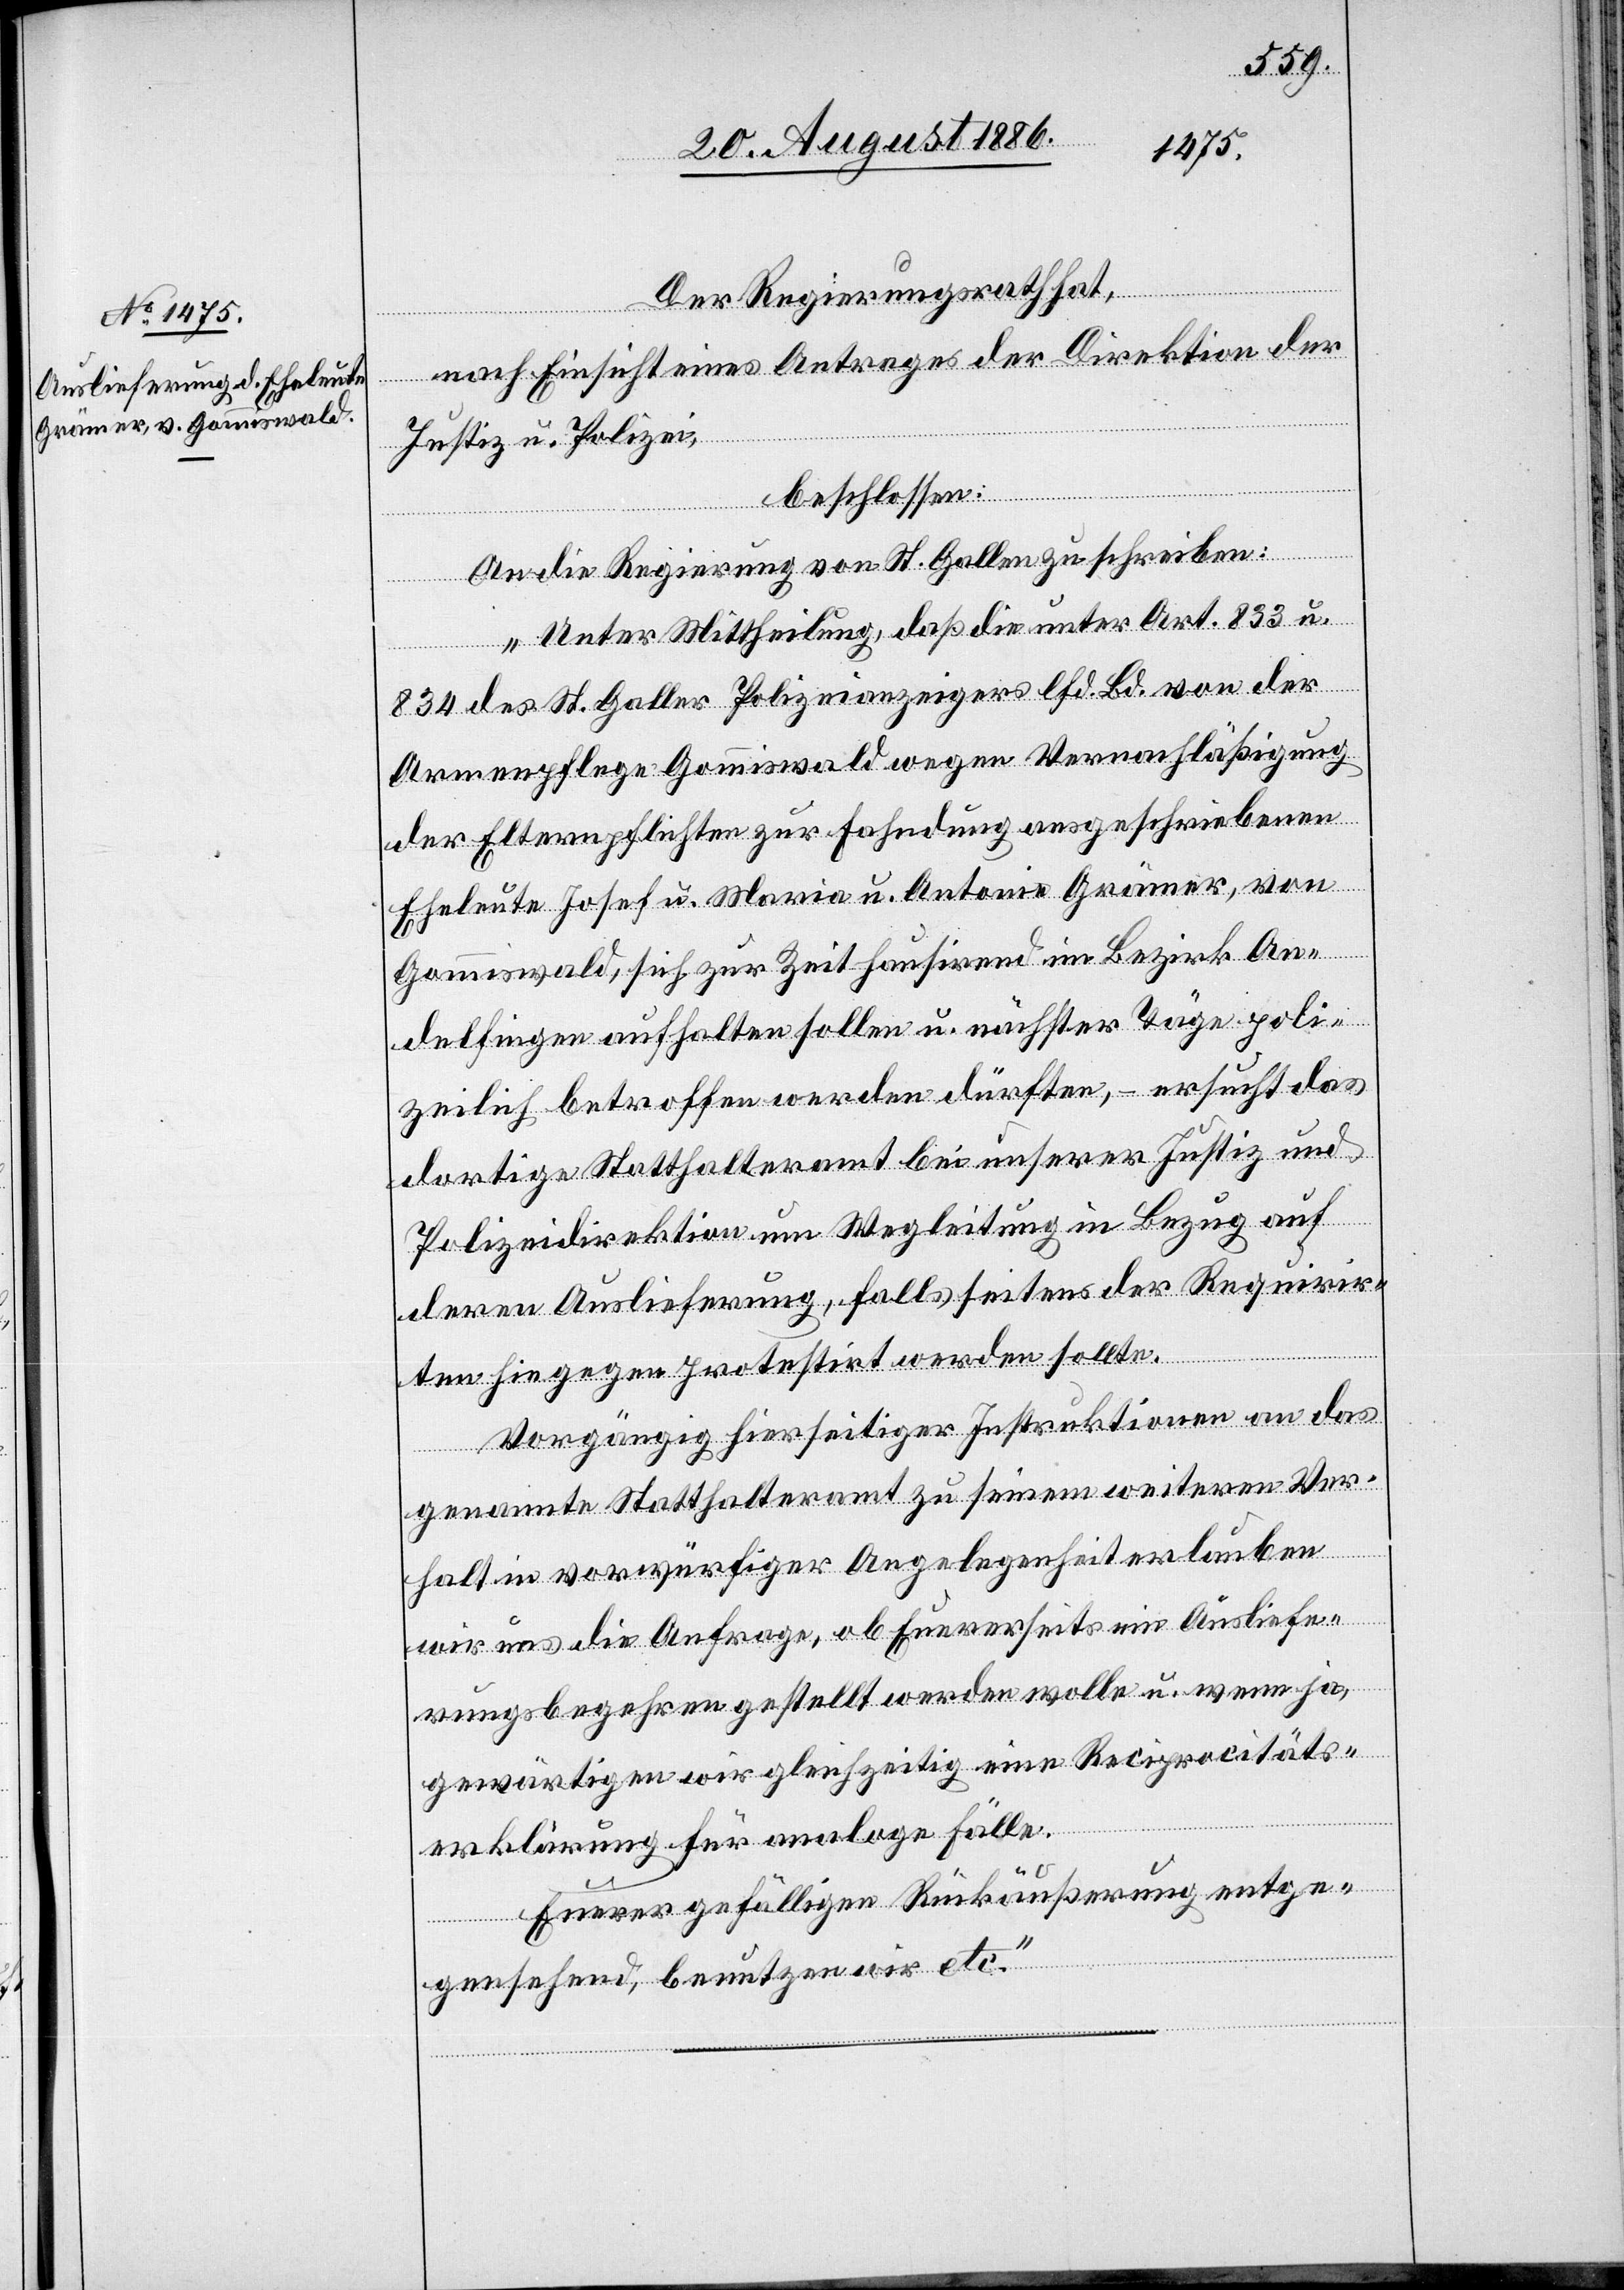
Der Regierungsrath hat,
nach Einsicht eines Antrages der Direktion der
Justiz & Polizei,
beschlossen:
c!] poli¬
An die Regierung von St. Gallen zu schreiben:
„Unter Mittheilung, daß die unter Art. 833 u.
834 des St. Galler Polizeianzeigers lfd. Bd. von der
Armenpflege Gommiswald wegen Vernachläßigung
der Elternpflichten zur Fahndung ausgeschriebenen
Eheleute Josef u. Maria u. Antonie Grämer, von
Gommiswald, sich zur Zeit hausirend im Bezirk An¬
delfingen aufhalten sollen u. nächster Täge [si¬
zeilich betroffen werden dürften, – ersucht das
dortseitige Statthalteramt bei unserer Justiz- und
Polizeidirektion um Wegleitung in Bezug auf
deren Auslieferung, falls seitens der Requirir¬
ten hiegegen protestirt werden sollte.
Vorgängig hierseitiger Instruktionen an das
genannte Statthalteramt zu seinem weiteren Ver¬
halt in vorwürfiger Angelegenheit erlauben
wir uns die Anfrage, ob Euererseits ein Ausliefe¬
rungsbegehren gestellt werden wolle u. wenn ja,
gewärtigen wir gleichzeitig eine Reciprocitäts¬
erklärung für analoge Fälle.
Euerer gefälligen Rückäußerung entge¬
gensehend, benutzen wir etc.“